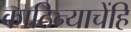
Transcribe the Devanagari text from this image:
काठिन्याचेंहि